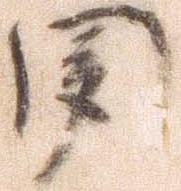
聞